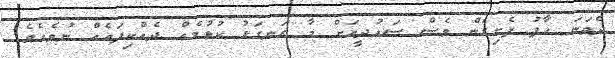
ދެވަނަ ހާފު ފެށިގެން ވެސް ސައުދީއަށް މާ ރަނގަޅު ކުޅުމެއް ދެއްކިފައެއް ނުވެއެވެ.